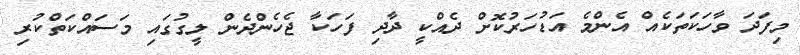
މިފަދަ ވާހަކަތަކެއް އެންމެ އަޑުހަރުކޮށް ދެއްކީ ދާދި ފަހަކާ ޖެހެންދެން ލީގުގައި މަސައްކަތްކުރި